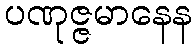
ပဏုဇ္ဇမာနေန